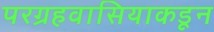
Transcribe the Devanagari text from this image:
परग्रहवासियाकडून